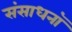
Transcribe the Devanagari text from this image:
संसाधनॉ